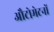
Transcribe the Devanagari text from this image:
औटोमेटनों